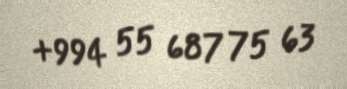
+994 55 687 75 63